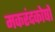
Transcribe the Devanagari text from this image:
मकरंदकोषों